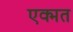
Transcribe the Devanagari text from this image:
एक्मत